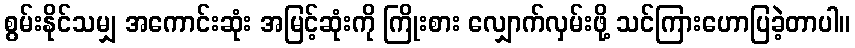
စွမ်းနိုင်သမျှ အကောင်းဆုံး အမြင့်ဆုံးကို ကြိုးစား လျှောက်လှမ်းဖို့ သင်ကြားဟောပြခဲ့တာပါ။